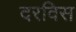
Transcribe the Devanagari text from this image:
दरविस